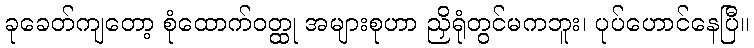
ခုခေတ်ကျတော့ စုံထောက်ဝတ္ထု အများစုဟာ ညှိရုံတွင်မကဘူး၊ ပုပ်ဟောင်နေပြီ။